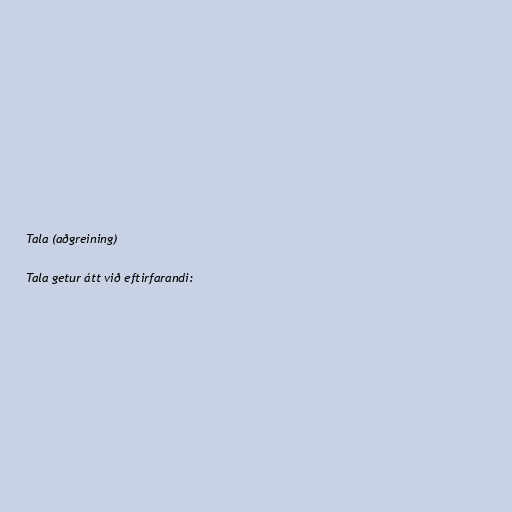
Tala (aðgreining)

Tala getur átt við eftirfarandi: